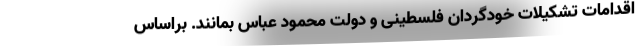
اقدامات تشکیلات خودگردان فلسطینی و دولت محمود عباس بمانند. براساس